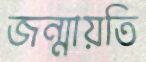
জন্মায়তি